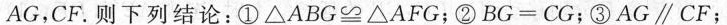
AG，CF。则下列结论：①△ABG≌△AFG；②BG=CG；③AG∥CF；